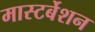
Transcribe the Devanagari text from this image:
मास्टर्बेशन